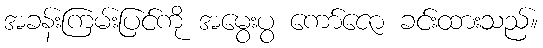
အခန်းကြမ်းပြင်ကို အမွေးပွ ကော်ဇော ခင်းထားသည်။